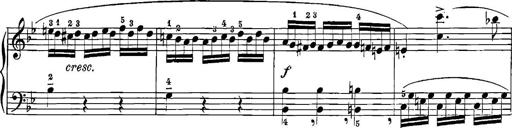
Title: 12 Sonatinas
Composer: Ignaz Pleyel